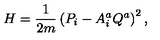
H = { \frac { 1 } { 2 m } } \left( P _ { i } - A _ { i } ^ { a } Q ^ { a } \right) ^ { 2 } ,